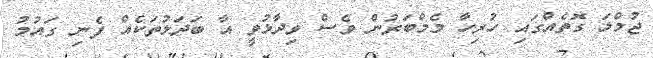
ޖުމްލަ ގޮތެއްގައި ހުރިހާ މެމްބަރުން ވެސް ވިދާޅުވީ އާ ބަދަލުތަކެއް ފެނި ގައުމު